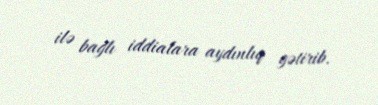
ilə bağlı iddialara aydınlıq gətirib.